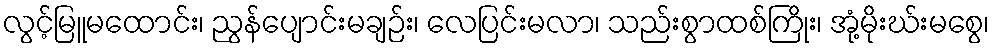
လွင့်မြူမထောင်း၊ ညွန်ပျောင်းမချဉ်း၊ လေပြင်းမလာ၊ သည်းစွာထစ်ကြိုး၊ အုံ့မိုးဃ်းမစွေ၊